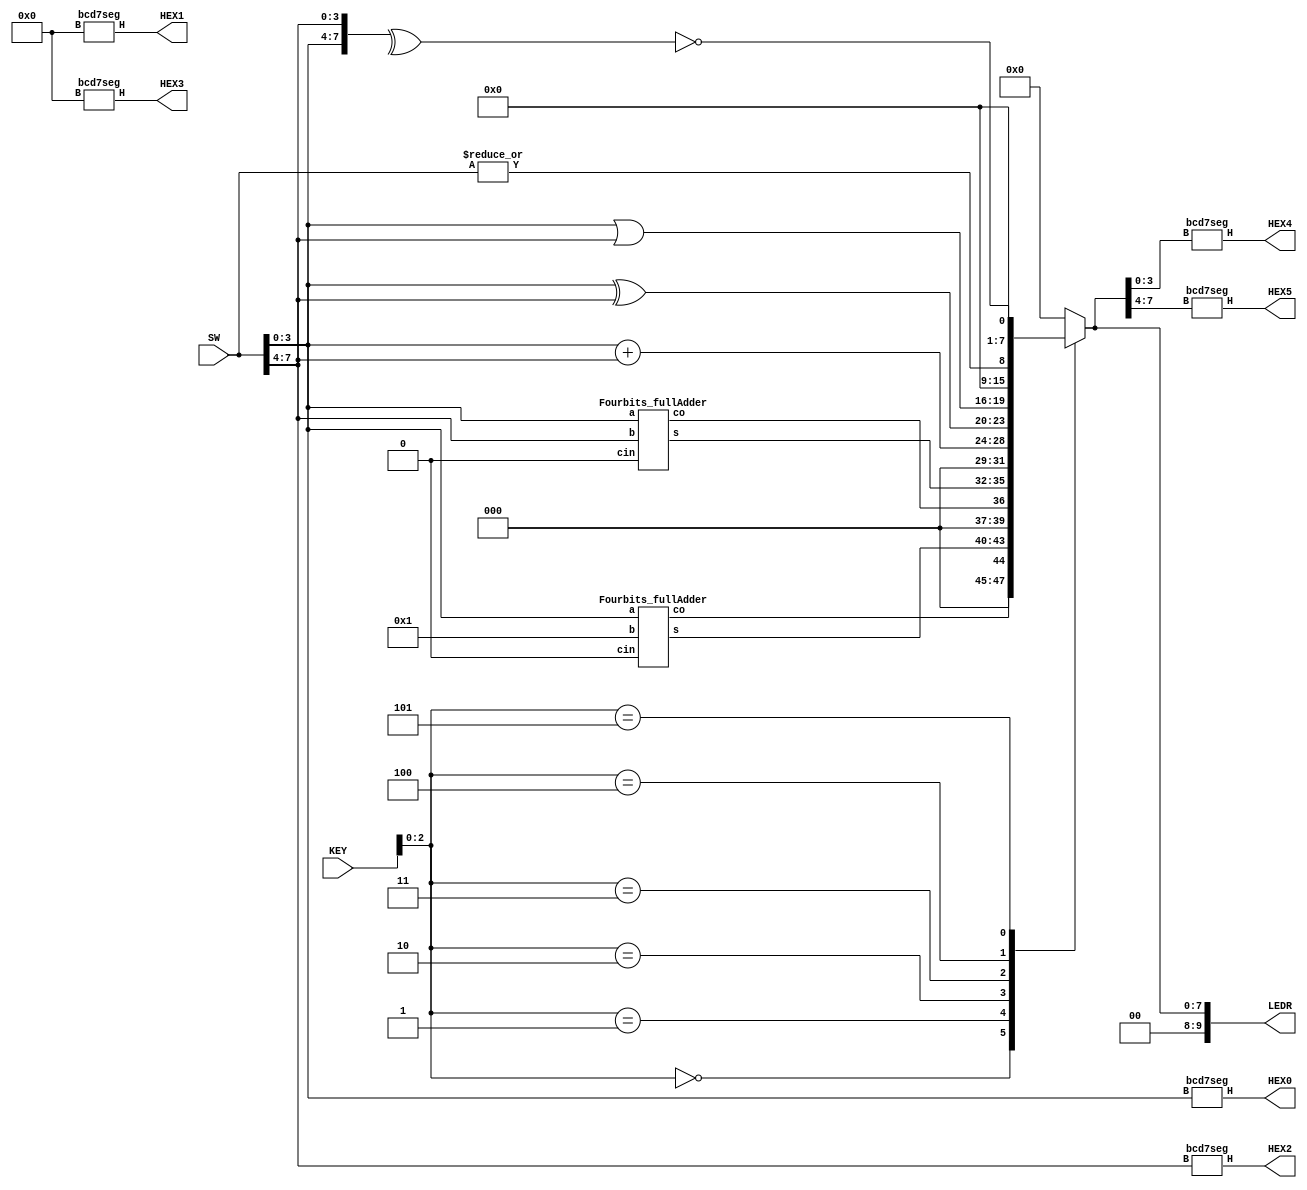
module part3(SW, LEDR, KEY, HEX0,HEX1, HEX2,HEX3,HEX4,HEX5);
	input [7:0] SW;
	input [3:0] KEY;
	output [9:0] LEDR;
	output [0:6] HEX0, HEX1, HEX2, HEX3, HEX4, HEX5;
	

	//wire[7:0] ALUout;
	reg [7:0] ALUout;
	wire[2:0] operand;
	wire KEY2, KEY1, KEY0;
	assign KEY2 = KEY[2];
	assign KEY1 = KEY[1];
	assign KEY0 = KEY[0];
	assign operand = {KEY2, KEY1, KEY0};
	
	wire [3:0] A, B;
	assign A = SW[3:0];
	assign B = SW[7:4];
	wire [3:0] w_out0, w_out1;
	wire co1, co0;
	
	reg [6:0] signal;
	
	always @(*)
	begin
		case (operand)
		
			0: begin
				ALUout = {3'b000, {co0, w_out0}};
				end
				
			1:	begin
				ALUout = {3'b000, {co1, w_out1}};
				end
				
			2: begin
				ALUout = A+B;
				end
				
			3: begin
				ALUout = {A ^ B, A | B};
				end
				
			4: begin
				ALUout = {7'b0,| {A, B}};
				end
				
			5: begin
				ALUout = {7'b0, ~(^ {A, B})};
				end
				
			default: ALUout = 0;

		endcase
	end
	
	Fourbits_fullAdder A0(A, 4'b0001, 1'b0, w_out0, co0);
	Fourbits_fullAdder A1(A, B, 1'b0, w_out1, co1);

	
	assign LEDR[7:0] = ALUout[7:0];
	assign LEDR[9:8] = 2'b0;
	
	// set Hex with ALUout
	
	bcd7seg hex0(A, HEX0);
	bcd7seg hex2(B, HEX2);
	bcd7seg hex1(4'b0, HEX1);
	bcd7seg hex3(4'b0, HEX3);
	bcd7seg hex4(ALUout[3:0], HEX4);
	bcd7seg hex5(ALUout[7:4], HEX5);
	
	
endmodule 

//module ShowInput(A,B, sig, ALUout);
//	input [3:0] A, B;
//	input sig;
//	output [7:0] ALUout;
//	reg[7:0] ALUout1;
//	
//	always @(*)
//	begin
//		if(sig)
//			ALUout1 = {B,A};
//	end
//	assign ALUout = ALUout1;
//	
//endmodule
//
//module allZero(A, B, sig, ALUout);
//	input [3:0] A, B;
//	input sig;
//	output [7:0] ALUout;
//	wire [7:0] comAB;
//	reg res;
//	assign comAB = {B,A};
//	
//	always @(*)
//	begin
//		if (sig)
//		begin
//			if (comAB == 8'b00000000)
//				res = 1'b0;
//			else
//				res = 1'b1;
//		end
//		
//	end
//
//	assign ALUout[0] = res;
//	assign ALUout[7:1] = 7'b0;
//		
//	
//endmodule
//
//module XOR_OR(A, B, sig, ALUout);
//	input [3:0] A, B;
//	input sig;
//	output [7:0] ALUout;
//	reg [3:0] ALUlow, ALUhigh;
//	
//	always @(*)
//	begin
//		if (sig)
//		begin
//			ALUlow = ( A & ~B ) | ( ~A & B );
//			ALUhigh = A | B;
//		
//		end
//		
//	end
//	
//	assign ALUout[3:0] = ALUlow[3:0];
//	assign ALUout[7:4] = ALUhigh[3:0];
//
//endmodule
//
//
//module Always_fullAdder(A,B,sig,ALUout);
//	input [3:0] A, B;
//	input sig;
//	output [7:0] ALUout;
//	
//	reg [7:0] res;
//	
//	always @(*)
//	begin
//		if (sig)
//		begin
//			res = A+B;
//			res[7:5] = 3'b0;
//			
//		end
//	end
//	
//	assign ALUout = res;
//	
//endmodule
//
//
//module setZero(sig,Aout);
//	input sig;
//	output[3:0] Aout;
//	assign Aout = ~sig & Aout;
//endmodule
//
///*
//module A_add_by_one(A, Aout);
//	input [3:0] A;
//	output [7:0] Aout;
//	wire [3:0] AoutLow, B;
//	wire co;
//	wire cin;
//	assign cin = 1'b0;
//	assign B = 4'b0;
//	
//	Fourbits_fullAdder(A, B, cin, AoutLow, co)
//	
//	assign Aout[3:0] = AoutLow[3:0];
//	assign Aout[4] = co;
//	assign Aout[7:5] = 3'b0;
//	
//endmodule
//*/
//
//module CASE01(A, B, sig, Aout);
//	input [3:0] A, B;
//	input [1:0] sig;
//	output [7:0] Aout;
//	wire [3:0] AoutLow, newB;
//	wire co;
//	wire cin;
//	assign cin = 1'b0 & sig[0];
//	assign newB = B & sig[1];
//	
//	Fourbits_fullAdder(A, B, cin, AoutLow, co);
//	
//	assign Aout[3:0] = AoutLow[3:0];
//	assign Aout[4] = co;
//	assign Aout[7:5] = 3'b0;
//
//endmodule

module Fourbits_fullAdder(a,b,cin,s,co);
	input [3:0] a, b;
	input cin;
	output [3:0] s;
	output co;
	
	wire [2:0] cm;
	
	
	Onebit_fullAdder fAdder0 (a[0],b[0],cin, s[0], cm[0]);
	Onebit_fullAdder fAdder1 (a[1],b[1],cm[0], s[1], cm[1]);
	Onebit_fullAdder fAdder2 (a[2],b[2],cm[1], s[2], cm[2]);
	Onebit_fullAdder fAdder3 (a[3],b[3],cm[2], s[3], co);
	
	

endmodule


module Onebit_fullAdder(a,b,ci,s,co);
	input a,b,ci;
	output s, co;
	wire m;
	
	//XOR gate for a and b
	assign m = (~a & b) | (a & ~b);
	 
	//2 to 1 mux for m (as s), b (as x) and ci (as y)
	mux_2to1 mux0 (b, ci, m, co);
	
	//XOR gate for ci and m
	
	assign s = (~ci & m) | (ci & ~m);


endmodule


module mux_2to1(x,y,s,M);
	
	input x,y,s;
	output M;
	
	wire m_0, m_1;
	
	assign m_0 = (x & ~s);
	assign m_1 = (y & s);
	
	assign M = (m_0 | m_1);

endmodule 


module bcd7seg (B, H);
	input [3:0] B;
	output [0:6] H;

	wire [0:6] H;
	
	assign H[0] = ~((~B[2] & ~B[0]) | (~B[3] & B[1]) | (B[2] & B[1]) | (B[3] & ~B[0]) | (~B[3] & B[2] & B[0]) |(B[3] & ~B[2] & ~B[1]));
	
	assign H[1] = ~((~B[2] & ~B[0]) | (~B[2] & ~B[1]) | (~B[3] & ~B[1] & ~B[0]) | (B[3] & ~B[1] & B[0]) | (~B[3] & B[1] & B[0]));
	
	assign H[2] = ~((B[3] & ~B[2]) | (~B[1] & B[0]) | (~B[2] & ~B[1]) | (~B[3] & B[0]) | (~B[3] & B[2]));
	
	assign H[3] = ~((~B[3] & ~B[2] & ~B[0]) | (~B[2] & B[1] & B[0]) | (B[2] & ~B[1] & B[0]) | (B[3] & ~B[1]) | (B[2] & B[1] & ~B[0])); 
	
	assign H[4] = ~((~B[2] & ~B[0]) | (B[3] & B[2]) | (B[1] & ~B[0]) | (B[3] & B[1]));
	
	assign H[5] = ~((~B[1] & ~B[0]) | (B[3] & ~B[2]) |  (B[2] & ~B[0]) | (B[3] & B[1]) | (~B[3] & B[2])); 
	
	assign H[6] = ~((B[3] & ~B[2]) | (B[1] & ~B[0]) | (B[3] & B[0]) | (~B[3] & B[2] & ~B[1]) | (~B[2] & B[1]));
	
	
	
	
endmodule